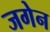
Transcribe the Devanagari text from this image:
जगेन